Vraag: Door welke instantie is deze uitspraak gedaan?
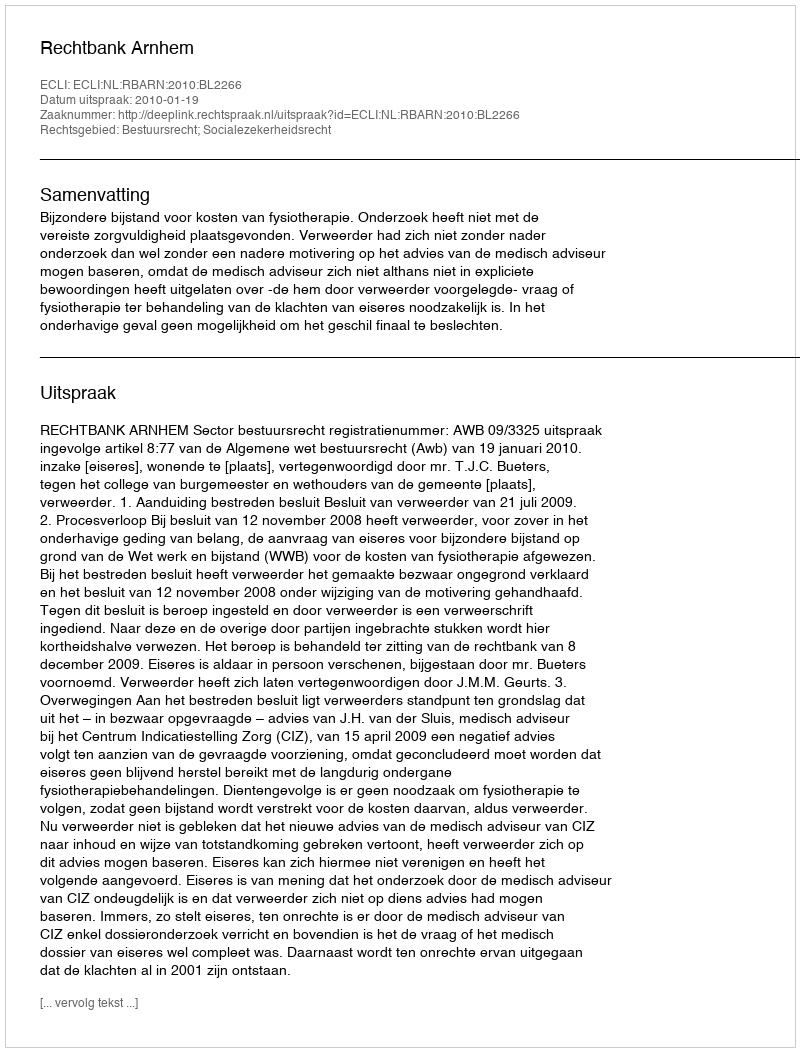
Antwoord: Rechtbank Arnhem